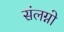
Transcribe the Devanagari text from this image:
संलग्नो